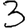
Digit: 3